Insane asylums in Bengal annual reports 1876-1887 - 1876-1887
Year: 1876
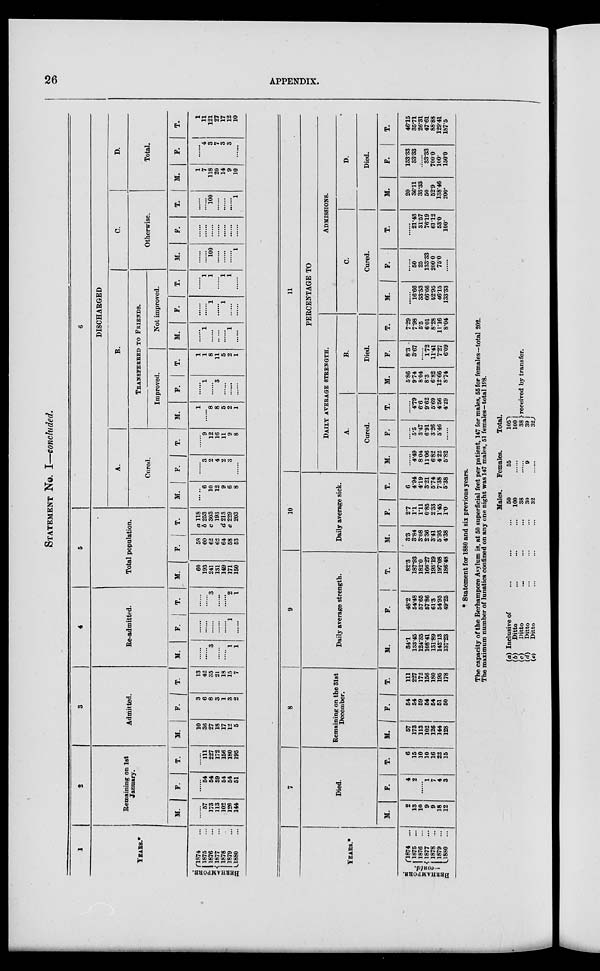
26
APPENDIX.
STATEMENT No. I—concluded.
1
YEARS.*
BERHAMPORE.
1874 ...
1875 ...
1876 ...
1877 ...
1878 ...
1879 ...
1880 ...
2
Remaining on 1st
January.
M.
......
57
173
113
102
126
144
F.
......
54
54
59
54
54
51
T.
......
111
227
172
156
180
195
3
Admitted.
M.
10
36
27
18
17
12
5
F.
3
6
8
3
1
3
2
T.
13
42
35
21
18
15
7
4
Re-admitted.
M.
......
......
3
......
......
1
1
F.
......
......
......
......
......
1
......
T.
......
......
3
......
......
2
1
5
Total population.
M.
60
193
241
131
149
171
150
F.
58
60
62
62
64
58
53
T.
a 118
b 253
c 303
193
d 213
e 229
203
6
DISCHARGED
A.
Cured.
M.
......
6
10
12
9
6
8
F.
......
3
2
4
2
3
......
T.
......
9
12
16
11
9
8
B.
TRANSFERRED TO FRIENDS.
Improved.
M.
1
......
8
8
5
2
1
F.
......
1
......
3
......
......
......
T.
1
1
8
11
5
2
1
Not improved.
M.
......
1
......
.. ...
......
1
......
F.
......
......
1
......
1
......
......
T.
......
1
1
......
1
1
......
C.
Otherwise.
M.
......
......
100
......
......
......
1
F.
......
......
......
......
......
......
......
T.
......
......
100
......
......
......
1
D.
Total.
M.
1
7
118
20
14
9
10
F.
......
4
3
7
3
3
......
T.
1
11
121
27
17
12
10
YEARS.*
BERHAMPORE.
—contd.
l874 ...
1875 ...
1876
...
1877 ...
1878 ...
1879 ...
1880
...
7
Died.
M.
2
13
10
9
9
18
12
F.
4
2
......
1
7
4
3
T.
6
15
10
10
16
22
15
8
Remaining on the 31st
December.
M.
57
173
113
102
126
144
128
F.
54
54
59
54
54
51
50
T.
111
227
172
156
180
195
178
9
Daily average strength.
M.
34.1
133.45
124.35
108.41
131.89
142.13
137.23
F.
48.2
54.48
57.65
57.86
61.3
54.95
49.25
T.
82.3
187.93
182.0
166.27
193.19
197.08
186.48
10
Daily average sick.
M.
3.3
3.84
3.08
2.36
3.41
5.93
4.38
F.
2.7
1.1
1.11
0.85
2.33
1.45
1.0
T.
6
4.94
4.19
3.21
5.74
7.38
5.38
11
PERCENTAGE TO
DAILY AVERAGE STRENGTH.
A.
Cured.
M.
......
4.49
8.04
11.06
6.82
4.22
5.82
F.
......
5.5
3.47
6.91
3.26
5.46
......
T.
......
4.79
6.6
9.62
5.69
4.56
4.29
B.
Died.
M.
5.86
9.74
8.04
8.3
6.82
12.66
8.74
F.
8.3
3.67
......
1.72
11.41
7.27
6.09
T.
7.29
7.98
5.5
6.01
8.28
11.16
8.04
ADMISSIONS.
C.
Cured.
M.
......
16.66
33.33
66.66
52.95
46.15
133.33
F.
......
50
25
133.33
200.0
75.0
......
T.
......
21.43
31.57
76.19
61.12
53.0
100.
D.
Died.
M.
20
36.11
33.33
50
52.9
138.46
200.
F.
133.33
33.33
......
33.33
7000
100.
150.0
T.
46.15
35.71
26.31
47.61
88.88
129.41
187.5
* Statement for 1880 and six previous years.
The capacity of the Berhampore Asylum is, at 50 superficial feet per patient, 147 for males, 55 for females—total 202.
The maximum number of lunatics confined on any one night was 147 males, 51 females—total 198.
(a) Inclusive of ... ... ...
(b)
Ditto ... ... ...
(c)
Ditto ... ... ...
(d)
Ditto ... ... ...
(e)
Ditto ... ... ...
Males.
50
100
38
30
32
Females.
55
......
......
9
......
Total.
105
100
38
39
32
received by transfer.